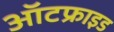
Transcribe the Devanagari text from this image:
ऑटफ्राइड